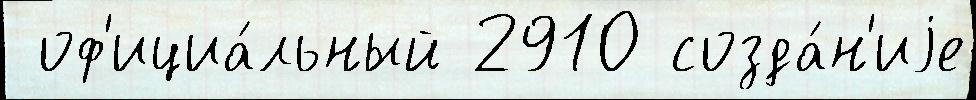
 оф'ициа́льный 2910 созда́н'иjе